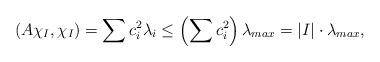
LaTeX: \begin{align*}(A\chi_I, \chi_I) = \sum c_i^2\lambda_i \leq \left(\sum c_i^2 \right) \lambda_{max} = |I| \cdot \lambda_{max},\end{align*}